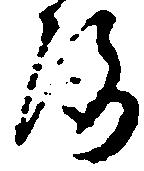
洛